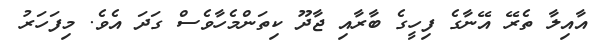
އާއިލާ ތެރޭ އޭނާގެ ފިހީގެ ބާރާއި ޖާދޫ ކިތަންމެހާވެސް ގަދަ އެވެ. މިފަހަރު